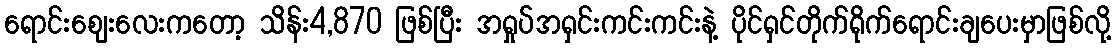
ရောင်းဈေးလေးကတော့ သိန်း4,870 ဖြစ်ပြီး အရှုပ်အရှင်းကင်းကင်းနဲ့ ပိုင်ရှင်တိုက်ရိုက်ရောင်းချပေးမှာဖြစ်လို့